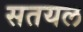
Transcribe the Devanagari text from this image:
सतयल